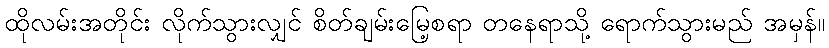
ထိုလမ်းအတိုင်း လိုက်သွားလျှင် စိတ်ချမ်းမြေ့စရာ တနေရာသို့ ရောက်သွားမည် အမှန်။